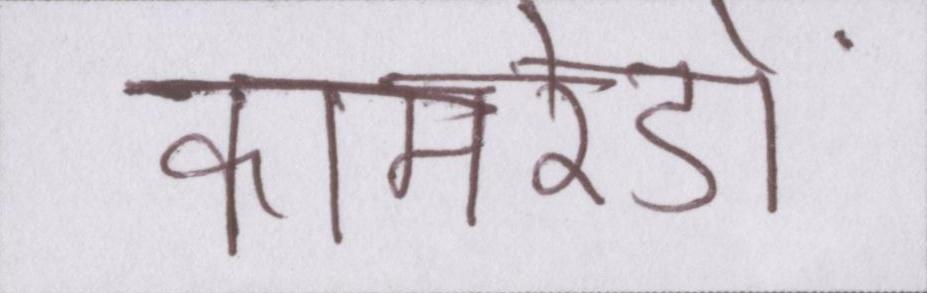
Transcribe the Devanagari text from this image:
कामरेडों